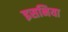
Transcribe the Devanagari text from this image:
इसनिया